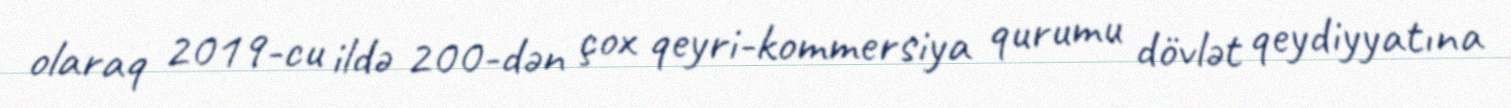
olaraq 2019-cu ildə 200-dən çox qeyri-kommersiya qurumu dövlət qeydiyyatına